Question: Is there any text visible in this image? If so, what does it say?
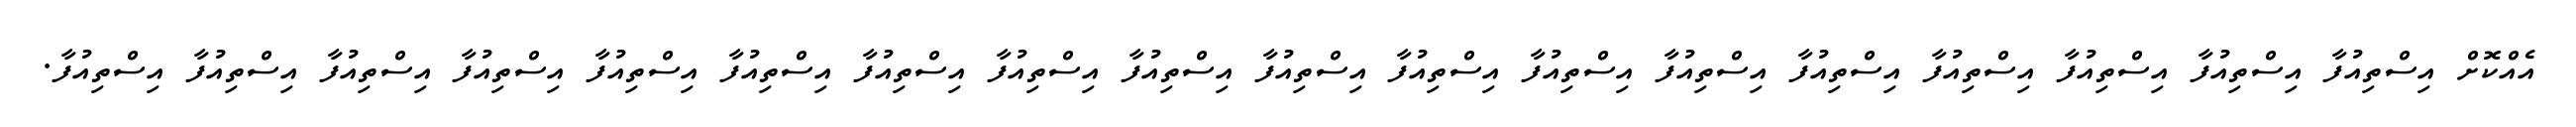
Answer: އެއްކޮށް އިސްތިއުފާ އިސްތިއުފާ އިސްތިއުފާ އިސްތިއުފާ އިސްތިއުފާ އިސްތިއުފާ އިސްތިއުފާ އިސްތިއުފާ އިސްތިއުފާ އިސްތިއުފާ އިސްތިއުފާ އިސްތިއުފާ އިސްތިއުފާ އިސްތިއުފާ އިސްތިއުފާ އިސްތިއުފާ އިސްތިއުފާ އިސްތިއުފާ.